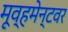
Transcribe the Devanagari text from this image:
मूव्हमेन्टवर